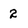
Character: 2